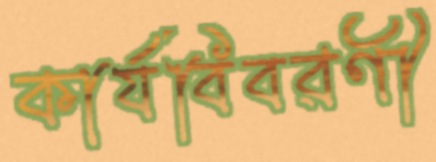
কার্যবিবরণী